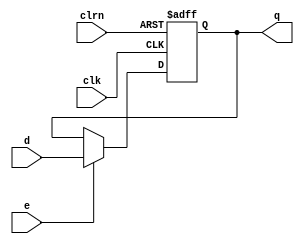
module dffe32 (d,clk,clrn,e,q);
   input  [31:0] d;
   input  clk,clrn,e;
   output [31:0] q;
   reg    [31:0] q;
   always @ (negedge clrn or posedge clk)
      if (clrn == 0) begin
         q <= 0;
      end else begin
         if (e == 1) q <= d;
      end
endmodule